Lunatic asylums Punjab 1881-1894 - 1881-1894
Year: 1881
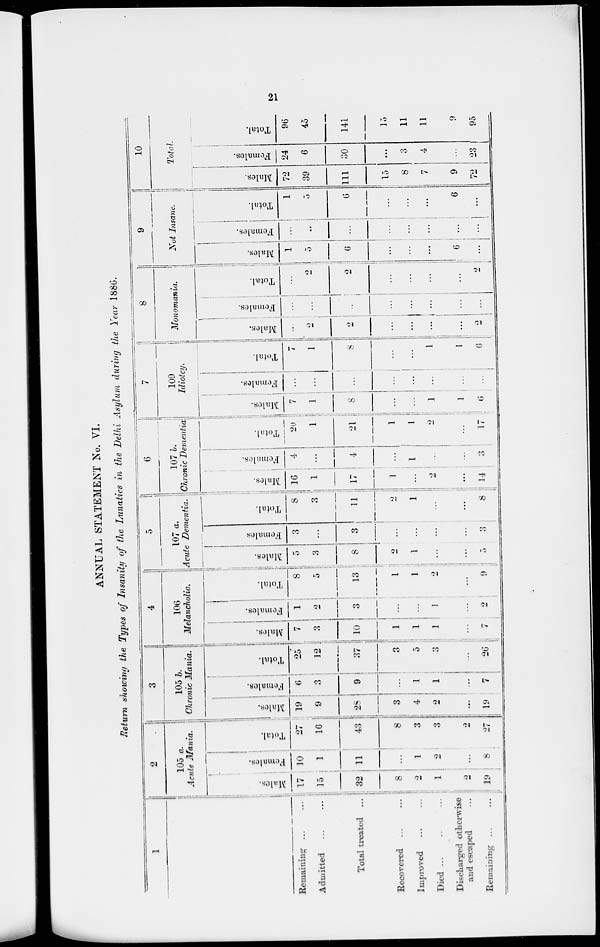
ANNUAL STATEMENT No. VI.
Return showing the Types of Insanity of the Lunatics in the Delhi Asylum during tJte Year 1880.
1
i
2
3
4
5
!
1
6
7
8
9
II
10
105 a.
Acute Afania.
105 6.
Chronic Mania.
106
Melancholia.
i
107 a.
Acute Dementia.
107 6.
Chronic Dementia
109
Idiotcy
Monomania.
A 'ut Insane.
1
1
1
1
Ton I.
•
9
17
j
i
i
£ ■ B
—
E-
DO
O
D
"3
O
1
i
i
a:
w
■ s
7
DO
e
o
fa
g
|
5
5
-r.
6
8
i
DO
O
16
4
I
i
2*.)
31
7
1
1 o
...
!
z.
c-t
6
DO
1
""3
■§
E-i
V.
o
1
ai
ci
1
i
-13
o
H
o
72
DQ
O
£
fa
24
1
1
c
EH
Remaining ...
10
27
19
6
OX
_ o
1
1
8
7 I ... : ...
1
96
Admitted
15
32
1 ;
1G
!
9
3:
12
i
10
2
5
3
8
3
3
i
'
;
1
17
4
1
1
S
1
I
:
5
0
..
5
39
111
6
30
45
Total treated ...
11
43 28
9
37
3
13
21
8
• >
2 i
6
141
Recovered
8
8
3
3
i ... i
i
2
>;
1
j
1
...
... j
■
■
...
15 ,,,
15
Improved
2
1
3
4
1
5
i
i
I
1 ...
1
...
1
1 1
1
... .
...
i ...
...
8
3
11
Died
1 ; 2
3
1
3
l ; 1
2
2
: 1
1
...
, . •.
...
7
4
11
Diseharp-ed otherwise
i
and escaped
•>
a
-
...
... |
...
...
•
1 ; ...
1
...
...
6 ...
6
9 ...
9
Remaining ...
19 ; 8
27
19
7
»| 7
2
9
5
3
8
!
14
3
17
i
6
0
2
2
...
...
72
i
23 ;
i
95
u>